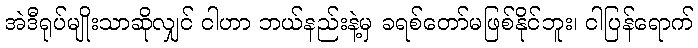
အဲဒီရုပ်မျိုးသာဆိုလျှင် ငါဟာ ဘယ်နည်းနဲ့မှ ခရစ်တော်မဖြစ်နိုင်ဘူး၊ ငါပြန်ရောက်